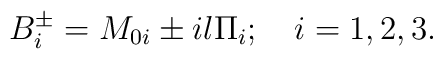
B_i^{\pm} = M_{0i} \pm i l \Pi_i  ; \quad i=1,2,3.